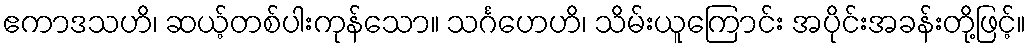
ဧကာဒသဟိ၊ ဆယ့်တစ်ပါးကုန်သော။ သင်္ဂဟေဟိ၊ သိမ်းယူကြောင်း အပိုင်းအခန်းတို့ဖြင့်။